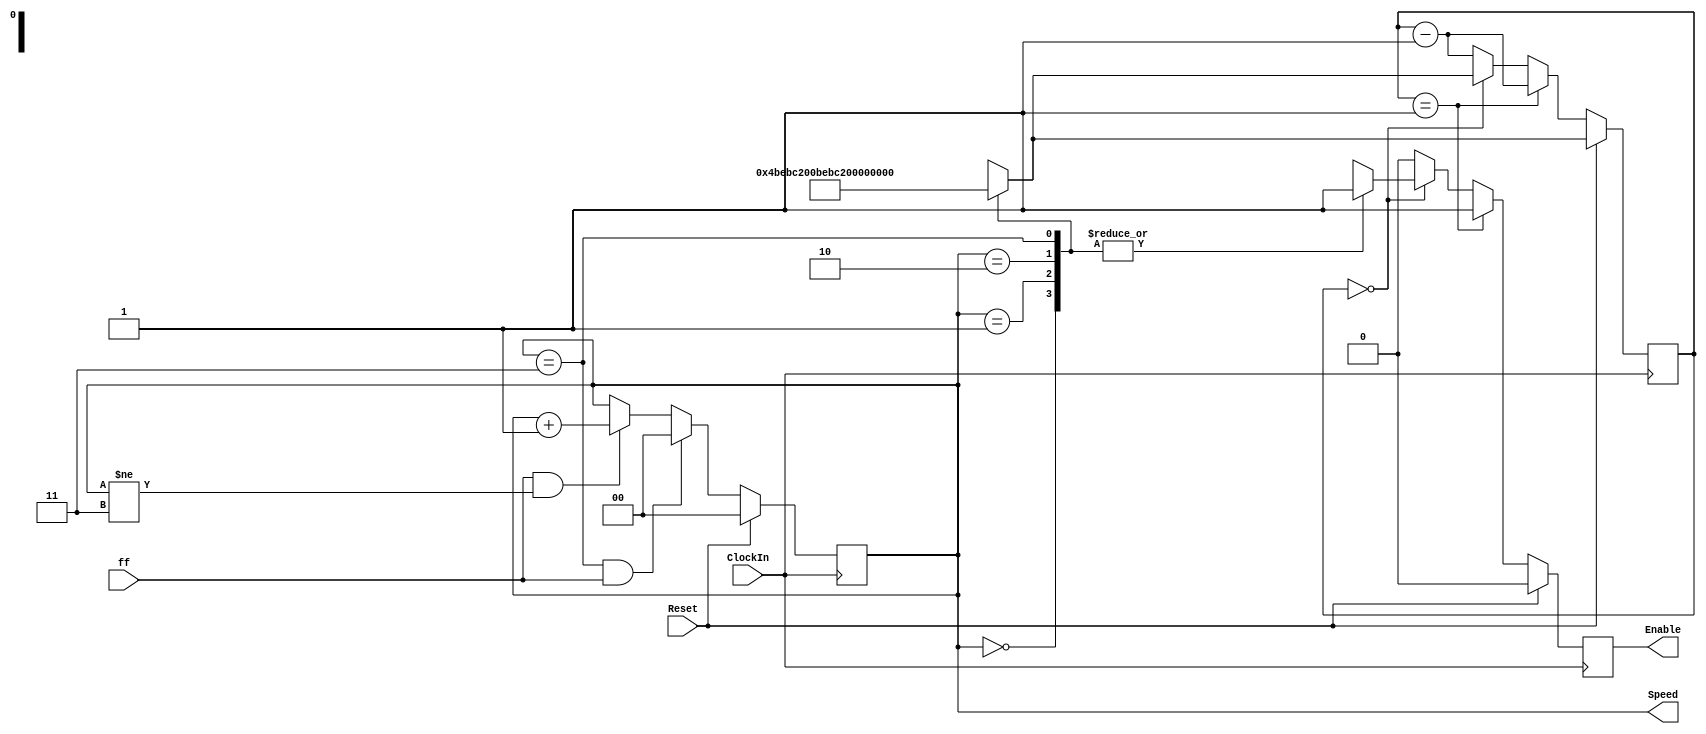
module rate_divider #(parameter CLOCK_FREQUENCY = 50000000)(input ClockIn, input Reset, input ff, output reg Enable, output reg [1:0] Speed);

	reg [$clog2(CLOCK_FREQUENCY):0] counter;

	always @(posedge ClockIn) begin
	if(Reset) Speed <= 0;
	else if(Speed == 3 && ff) Speed <= 0;
	else if(ff == 1 && Speed != 3) Speed <= Speed + 1;
	else Speed <= Speed;
	end
	

	always @(posedge ClockIn)begin
	if(Reset)begin
	Enable <=1'b0;
	case(Speed)
		2'b00:begin
			counter <= 2;end
		2'b01:begin
			counter <= (CLOCK_FREQUENCY);end
		2'b10:begin
			counter <= (CLOCK_FREQUENCY/2);end
		2'b11:begin
			counter <= (CLOCK_FREQUENCY/4);
	end
	endcase
end
else if(counter==1) begin
		counter <= counter-1;
		Enable<=1'b1;
end
	else if(counter==0) begin
		case(Speed)
		2'b00:begin
			
			Enable<=1'b1;
			counter <= 2;
end
		2'b01:begin
			
			Enable<=1'b1;
			counter <= (CLOCK_FREQUENCY);
end
		2'b10:begin
		
			Enable<=1'b1;
			counter <= (CLOCK_FREQUENCY/2);
end
		2'b11:begin
			
			Enable<=1'b1;
			counter <= (CLOCK_FREQUENCY/4);
			end
	endcase
end
	else begin
			counter <= counter-1;
			Enable <= 1'b0;
	end
	
end

endmodule